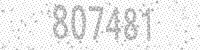
Solution: 807481